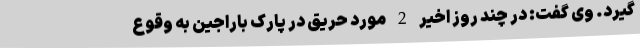
گیرد. وی گفت: در چند روز اخیر 2 مورد حریق در پارک باراجین به وقوع